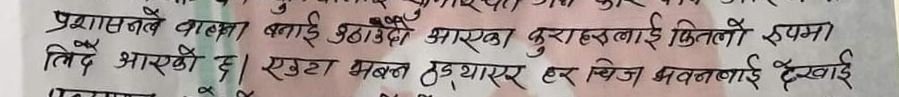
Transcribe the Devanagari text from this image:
प्रशासनले वास्त, बनाई उठाएको आएका कुराहरुलाई कतिलो रुपमा लिंदै आएको छ? एउटा भवन हुत्याएर हर चिज भवनलाई देखाई पकाएर